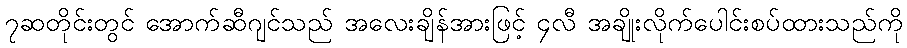
၇ဆတိုင်းတွင် အောက်ဆီဂျင်သည် အလေးချိန်အားဖြင့် ၄လီ အချိုးလိုက်ပေါင်းစပ်ထားသည်ကို